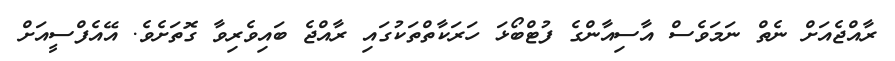
ރާއްޖެއަށް ނެތް ނަމަވެސް އާސިއާންގެ ފުޓްބޯޅަ ހަރަކާތްތަކުގައި ރާއްޖެ ބައިވެރިވާ ގޮތަށެވެ. އޭއެފްސީއަށް